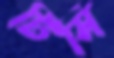
টিসি